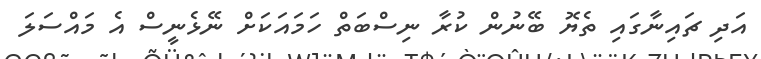
އަދި ޗައިނާގައި ތެޔޮ ބޭނުން ކުރާ ނިސްބަތް ހަމައަކަށް ނޭޅެނީސް އެ މައްސަލަ